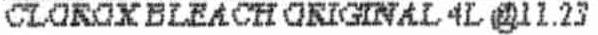
CLOROX BLEACH ORIGINAL 4L @11.23